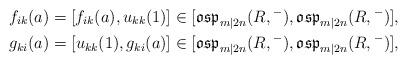
LaTeX: \begin{align*}{f}_{ik}(a)=[{f}_{ik}(a),{u}_{kk}(1)]\in[\mathfrak{osp}_{m|2n}(R,{}^-),\mathfrak{osp}_{m|2n}(R,{}^-)],\\{g}_{ki}(a)=[{u}_{kk}(1),{g}_{ki}(a)]\in[\mathfrak{osp}_{m|2n}(R,{}^-),\mathfrak{osp}_{m|2n}(R,{}^-)],\end{align*}